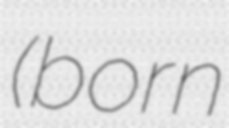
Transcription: (born